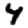
Digit: 4